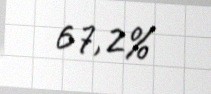
67,2%